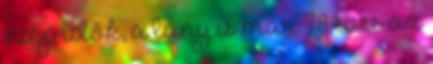
szép idők, a lány is már 78 éves az